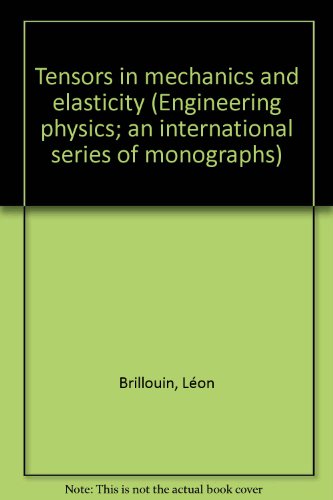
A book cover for Tensors in mechanics and elasticity (Engineering physics; an international series of monographs); Leon Brillouin; Science & Math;